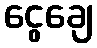
ငွေချေ